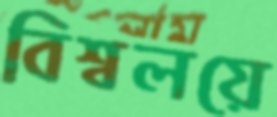
বিশ্বলয়ে